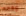
ارفعها